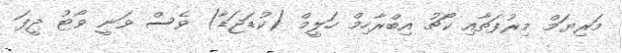
މަރިޔަމް މިރުފަތާއި ކޯޗު އިބްރާހިމް ހަލީމް (ކުޑަޖަޑާ) ވެސް ވަނީ ވޯޓު ދީފަ